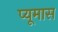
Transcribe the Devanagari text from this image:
प्यूमास